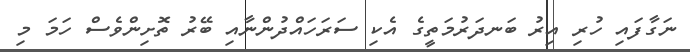
ނަގާފައި ހުރި އިރު ބަނދަރުމަތީގެ އެކި ސަރަހައްދުންނާއި ބޭރު ތޮށިންވެސް ހަމަ މި